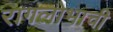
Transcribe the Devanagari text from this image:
रागलोभाची